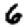
Digit: 6